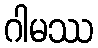
ဂါမဿ